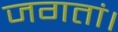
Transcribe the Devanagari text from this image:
जगतां।